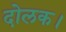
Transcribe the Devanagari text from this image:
दोलक।